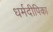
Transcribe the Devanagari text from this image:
धर्मदीपिका